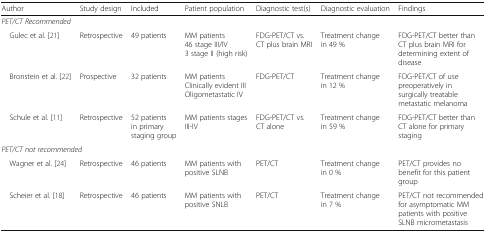
<table><thead><tr><td><b>Author</b></td><td><b>Study design</b></td><td><b>Included</b></td><td><b>Patient population</b></td><td><b>Diagnostic test(s)</b></td><td><b>Diagnostic evaluation</b></td><td><b>Findings</b></td></tr></thead><tbody><tr><td colspan="7"><i>PET/CT Recommended</i></td></tr><tr><td> Gulec et al. [21]</td><td>Retrospective</td><td>49 patients</td><td>MM patients46 stage III/IV3 stage II (high risk)</td><td>FDG-PET/CT vs. CT plus brain MRI</td><td>Treatment change in 49 %</td><td>FDG-PET/CT better than CT plus brain MRI for determining extent of disease</td></tr><tr><td> Bronstein et al. [22]</td><td>Prospective</td><td>32 patients</td><td>MM patientsClinically evident IIIOligometastatic IV</td><td>FDG-PET/CT</td><td>Treatment change in 12 %</td><td>FDG-PET/CT of use preoperatively in surgically treatable metastatic melanoma</td></tr><tr><td> Schule et al. [11]</td><td>Retrospective</td><td>52 patients in primary staging group</td><td>MM patients stages III-IV</td><td>FDG-PET/CT vs. CT alone</td><td>Treatment change in 59 %</td><td>FDG-PET/CT better than CT alone for primary staging</td></tr><tr><td colspan="7"><i>PET/CT not recommended</i></td></tr><tr><td> Wagner et al. [24]</td><td>Retrospective</td><td>46 patients</td><td>MM patients with positive SLNB</td><td>PET/CT</td><td>Treatment change in 0 %</td><td>PET/CT provides no benefit for this patient group</td></tr><tr><td> Scheier et al. [18]</td><td>Retrospective</td><td>46 patients</td><td>MM patients with positive SNLB</td><td>PET/CT</td><td>Treatment change in 7 %</td><td>PET/CT not recommended for asymptomatic MM patients with positive SLNB micrometastasis</td></tr></tbody></table>